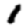
Digit: 1